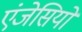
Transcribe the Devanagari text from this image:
एंजेसियों